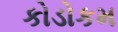
કોડોકમ